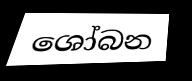
ශෝබන